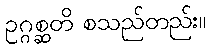
ဥဂ္ဂစ္ဆတိ စသည်တည်း။